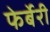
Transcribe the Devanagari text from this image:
फेर्बेरी